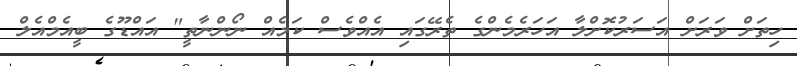
ހިތަށް ވަރަށް އަސަރުކޮށްލާ އަހަރެމެންގެ ތެރޭގައި އެއްވެސް ކަމެއް ނޯންނާތީ" އައްޑޫގެ ބީއެމްއެލް